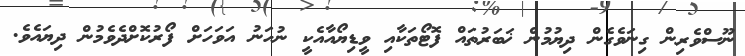
ނޫސްވެރިން ގިނަވެގެން ދިޔުމުން ޚަބަރުތައް ފޮޓޯތަކާއި ވީޑިޔޯއާއެކީ ނުހަނު އަވަހަށް ފޯރުކޮށްދެވެމުން ދިޔައެވެ.